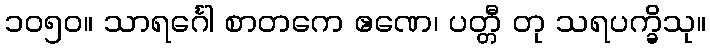
၁၀၅၀။ သာရင်္ဂေါ စာတကေ ဧဏေ၊ ပတ္တီ တု သရပက္ခိသု။